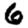
Digit: 6